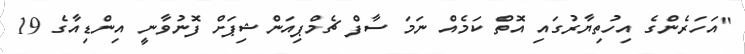
"އަހަރެންގެ އިހުތިޔާރުގައި އޮތް ކަމެއް ނަމަ ސާފް ޗެމްޕިއަންޝިޕަށް ފޮނުވާނީ އިންޑިއާގެ 19